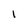
Character: 1